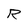
Character: R